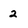
Character: 2